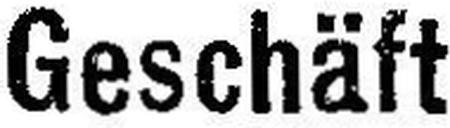
Geschäft